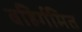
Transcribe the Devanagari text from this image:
बहिर्गमित